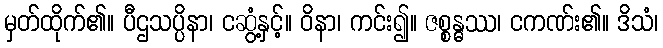
မှတ်ထိုက်၏။ ပီဌသပ္ပိနာ၊ ငဆွံ့နှင့်။ ဝိနာ၊ ကင်း၍။ ဇစ္စန္ဓဿ၊ ငကဏ်း၏။ ဒိသံ၊